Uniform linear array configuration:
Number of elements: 32
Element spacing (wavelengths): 0.75
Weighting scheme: exponential
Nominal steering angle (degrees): -45
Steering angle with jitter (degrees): -43.361
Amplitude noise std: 0.05
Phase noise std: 0.05

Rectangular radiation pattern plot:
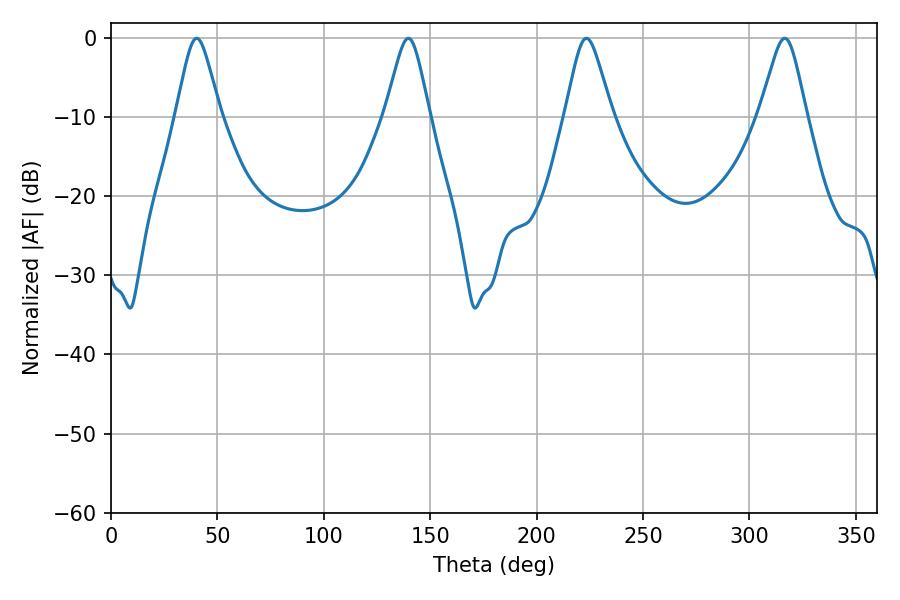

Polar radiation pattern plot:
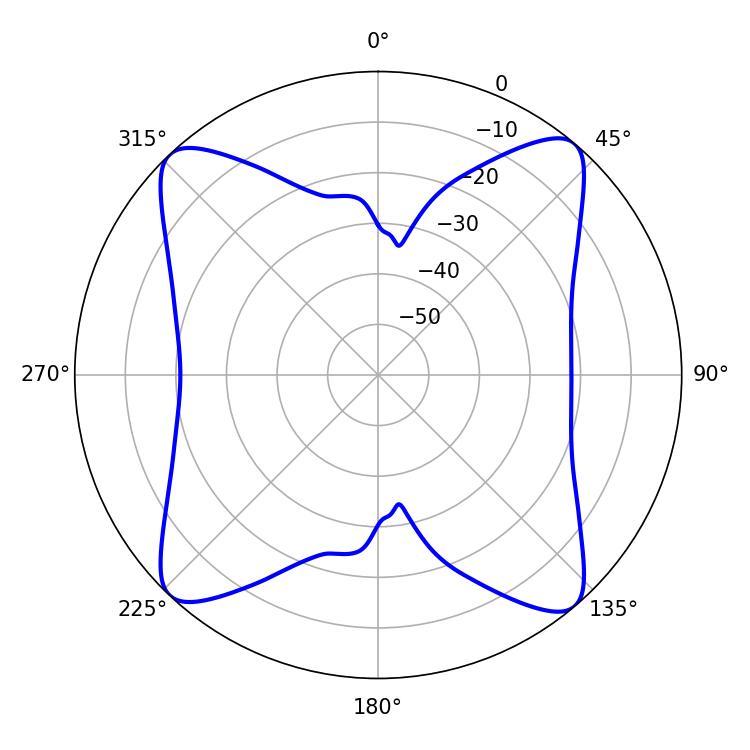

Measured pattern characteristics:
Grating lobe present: TRUE
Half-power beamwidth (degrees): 10.62
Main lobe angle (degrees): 223.38